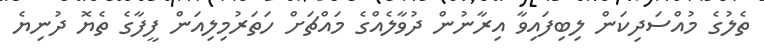
ތެލުގެ މުއްސަދިކަން ލިބިފައިވާ އިރާނުން ދުވާލެއްގެ މައްޗަށް ހަތަރުމިލިއަން ފީފާގެ ތެޔޮ ދުނިޔެ